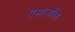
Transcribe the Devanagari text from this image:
प्रेमांजलि